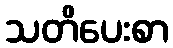
သတိပေးစာ